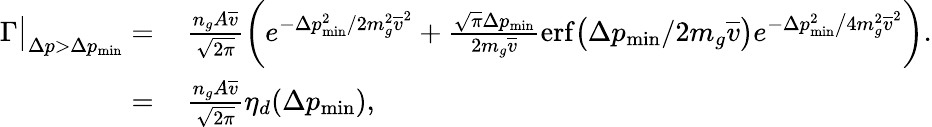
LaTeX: \begin{array}{rl}{\Gamma\big|_{\Delta p>\Delta p_{\mathrm{min}}}=}&{\, \frac{n_{g}A\overline{{v}}}{\sqrt{2\pi}}\bigg(e^{-\Delta p_{\mathrm{min}}^{2}/2m_{g}^{2}\overline{{v}}^{2}}+\frac{\sqrt{\pi}\Delta p_{\mathrm{min}}}{2m_{g}\overline{{v}}}\mathrm{erf}\big(\Delta p_{\mathrm{min}}/2m_{g}\overline{{v}}\big)e^{-\Delta p_{\mathrm{min}}^{2}\big/4m_{g}^{2}\overline{{v}}^{2}}\bigg).}\\ {=}&{\, \frac{n_{g}A\overline{{v}}}{\sqrt{2\pi}}\eta_{d}(\Delta p_{\mathrm{min}}),}\end{array}